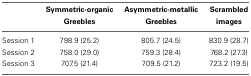
<table><thead><tr><td>[EMPTY_CELL]</td><td><b>Symmetric-organic Greebles</b></td><td><b>Asymmetric-metallic Greebles</b></td><td><b>Scrambled images</b></td></tr></thead><tbody><tr><td>Session 1</td><td>798.9 (25.2)</td><td>805.7 (24.5)</td><td>830.9 (28.7)</td></tr><tr><td>Session 2</td><td>758.0 (29.0)</td><td>759.3 (28.4)</td><td>768.2 (27.3)</td></tr><tr><td>Session 3</td><td>707.5 (21.4)</td><td>709.5 (21.2)</td><td>723.2 (19.5)</td></tr></tbody></table>